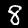
Digit: 8